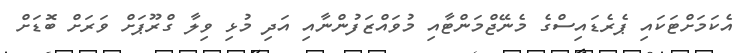
އެކަމަށްޓަކައި ޕެރެޑައިސްގެ މެނޭޖްމަންޓާއި މުވައްޒަފުންނާއި އަދި މުޅި ވިލާ ގްރޫޕަށް ވަރަށް ބޮޑަށް